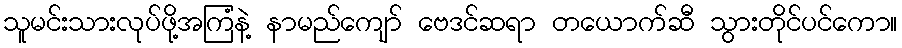
သူမင်းသားလုပ်ဖို့အကြံနဲ့ နာမည်ကျော် ဗေဒင်ဆရာ တယောက်ဆီ သွားတိုင်ပင်ကော။